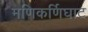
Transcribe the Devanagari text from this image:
मणिकर्णिघाट